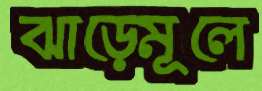
ঝাড়েমূলে